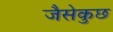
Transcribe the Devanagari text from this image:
जैसेकुछ